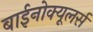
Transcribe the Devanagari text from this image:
बाईनोक्यूलर्स